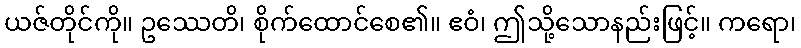
ယဇ်တိုင်ကို။ ဥဿေတိ၊ စိုက်ထောင်စေ၏။ ဧဝံ၊ ဤသို့သောနည်းဖြင့်။ ကရော၊